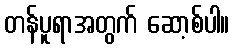
တန်ပူရာအတွက် ဆော့စ်ပါ။